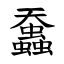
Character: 䘉